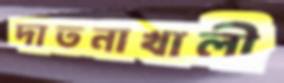
দাতনাখালী